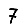
Digit: 7